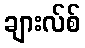
ချားလ်စ်